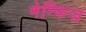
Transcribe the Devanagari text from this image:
मेम्फिज़